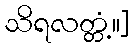
သိရလတ္တံ့။]